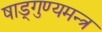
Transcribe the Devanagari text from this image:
षाड्गुण्यमन्त्र